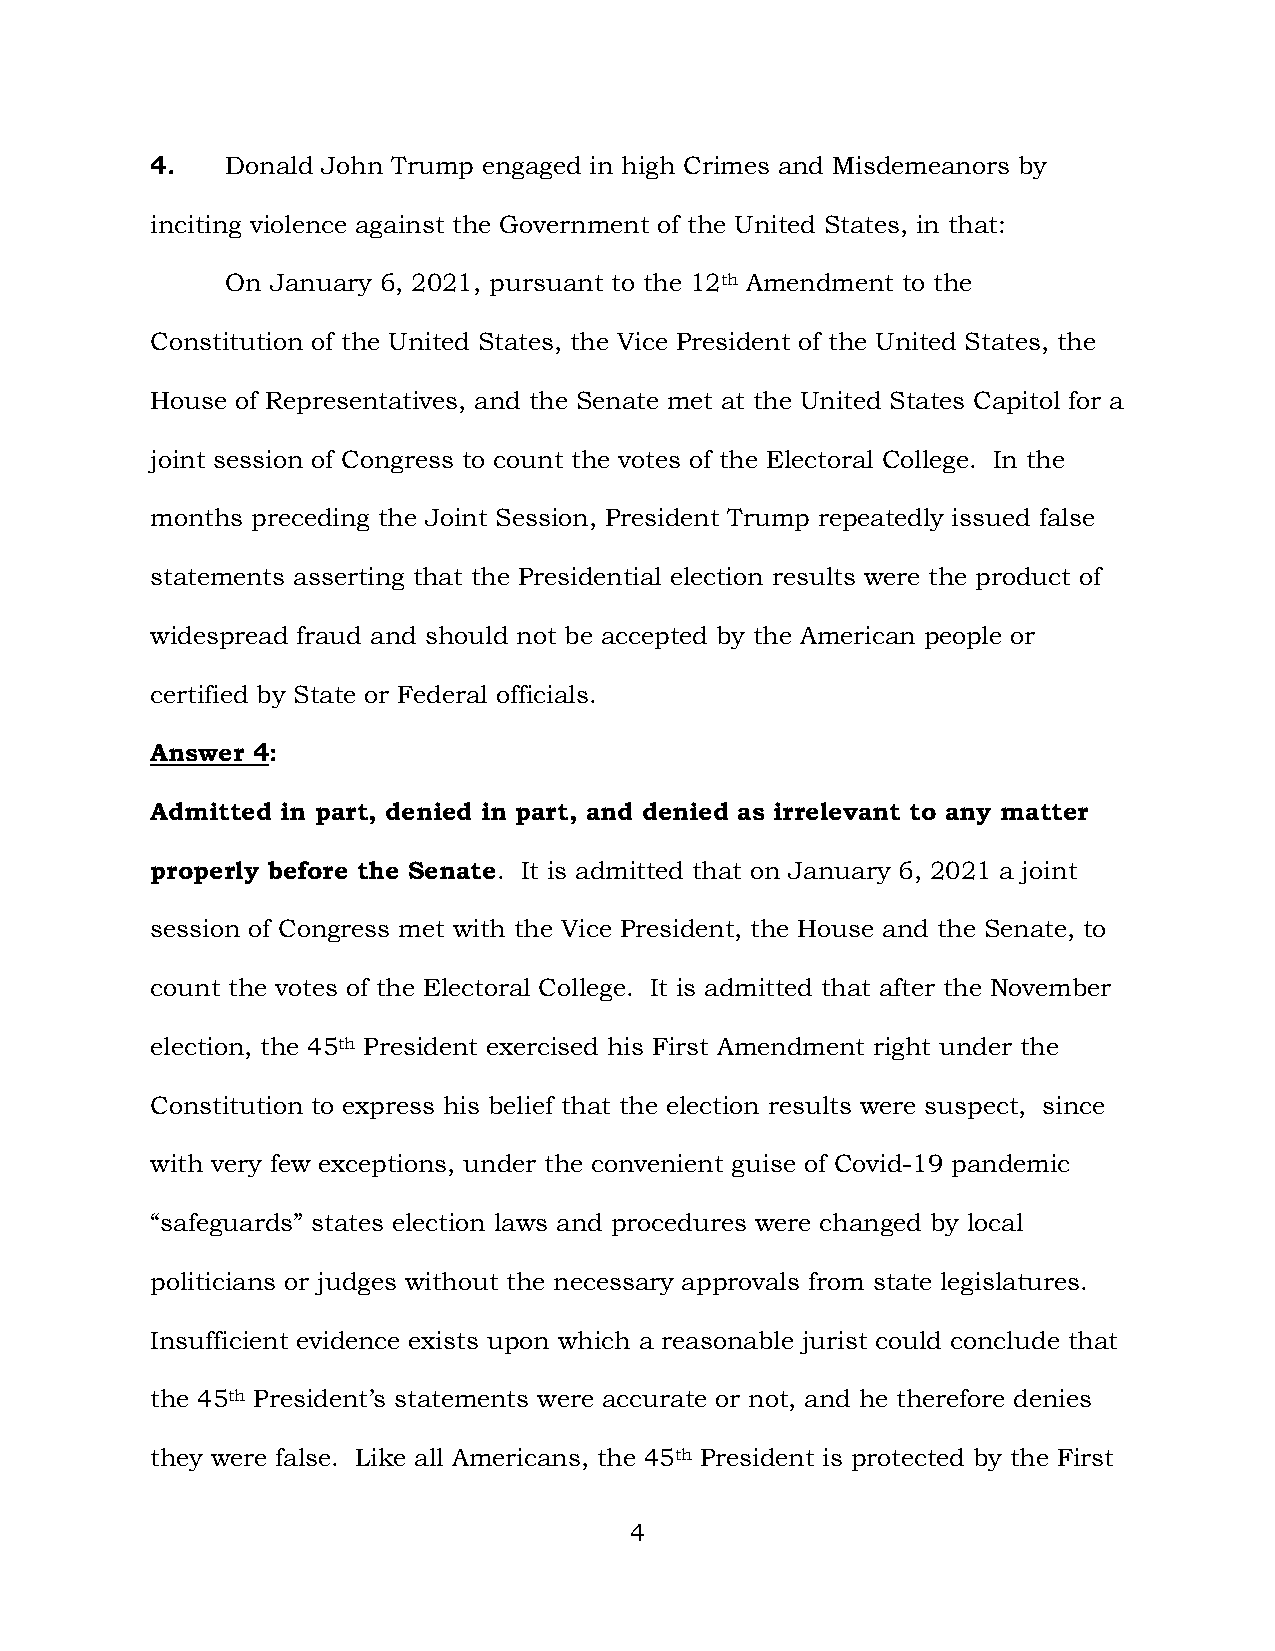
4.   Donald John Trump engaged in high Crimes and Misdemeanors by
 inciting violence against the Government of the United States, in that:
 On January 6, 2021, pursuant to the 12th Amendment to the
 Constitution of the United States, the Vice President of the United States, the
 House of Representatives, and the Senate met at the United States Capitol for a
 joint session of Congress to count the votes of the Electoral College. In the
 months preceding the Joint Session, President Trump repeatedly issued false
 statements asserting that the Presidential election results were the product of
 widespread fraud and should not be accepted by the American people or
 certified by State or Federal officials.
 Answer 4:
 Admitted in part, denied in part, and denied as irrelevant to any matter
 properly before the Senate. It is admitted that on January 6, 2021 a joint
 session of Congress met with the Vice President, the House and the Senate, to
 count the votes of the Electoral College. It is admitted that after the November
 election, the 45th President exercised his First Amendment right under the
 Constitution to express his belief that the election results were suspect, since
 with very few exceptions, under the convenient guise of Covid-19 pandemic
 “safeguards” states election laws and procedures were changed by local
 politicians or judges without the necessary approvals from state legislatures.
 Insufficient evidence exists upon which a reasonable jurist could conclude that
 the 45th President’s statements were accurate or not, and he therefore denies
 they were false. Like all Americans, the 45th President is protected by the First
 4